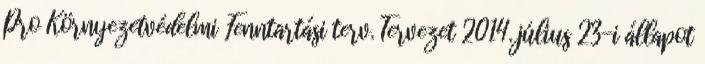
Pro Környezetvédelmi Fenntartási terv. Tervezet 2014. július 23-i állapot